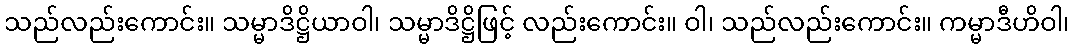
သည်လည်းကောင်း။ သမ္မာဒိဋ္ဌိယာဝါ၊ သမ္မာဒိဋ္ဌိဖြင့် လည်းကောင်း။ ဝါ၊ သည်လည်းကောင်း။ ကမ္မာဒီဟိဝါ၊